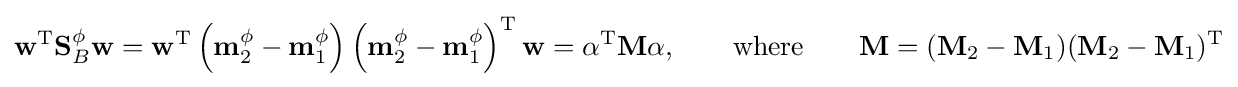
\mathbf {w} ^{\text{T}}\mathbf {S} _{B}^{\phi }\mathbf {w} =\mathbf {w} ^{\text{T}}\left(\mathbf {m} _{2}^{\phi }-\mathbf {m} _{1}^{\phi }\right)\left(\mathbf {m} _{2}^{\phi }-\mathbf {m} _{1}^{\phi }\right)^{\text{T}}\mathbf {w} =\mathbf {\alpha } ^{\text{T}}\mathbf {M} \mathbf {\alpha } ,\qquad {\text{where}}\qquad \mathbf {M} =(\mathbf {M} _{2}-\mathbf {M} _{1})(\mathbf {M} _{2}-\mathbf {M} _{1})^{\text{T}}